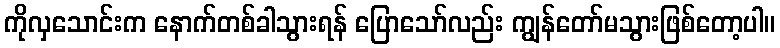
ကိုလှသောင်းက နောက်တစ်ခါသွားရန် ပြောသော်လည်း ကျွန်တော်မသွားဖြစ်တော့ပါ။